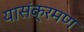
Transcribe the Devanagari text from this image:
यासंक्रमण